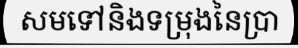
សមទៅនិងទម្រុងនៃប្រា